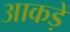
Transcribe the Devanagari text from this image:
आकड़ें